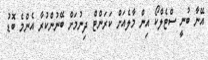
އޭނާ ބުނީ ސްޓެލްކޯ އިން މާލެއަށް ކަރަންޓް ދިނުމަށް ބޭނުންކުރާ އެންމެ ބޮޑު